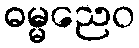
ဓမ္မညေဝ